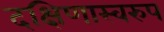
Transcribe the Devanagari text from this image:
दक्षिणास्वरुप